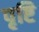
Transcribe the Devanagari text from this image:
पृष्टि